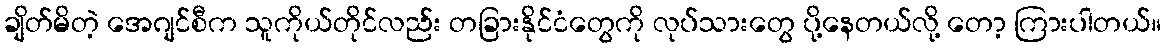
ချိတ်မိတဲ့ အေဂျင်စီက သူကိုယ်တိုင်လည်း တခြားနိုင်ငံတွေကို လုပ်သားတွေ ပို့နေတယ်လို့ တော့ ကြားပါတယ်။